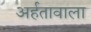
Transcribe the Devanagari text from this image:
अर्हतावाला